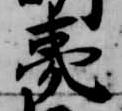
夷